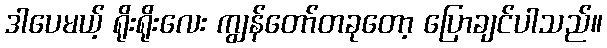
ဒါပေမယ့် ရိုးရိုးလေး ကျွန်တော်တခုတော့ ပြောချင်ပါသည်။